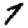
Digit: 7